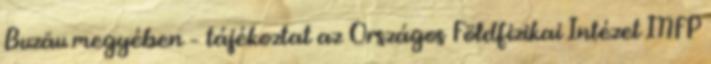
Buzău megyében – tájékoztat az Országos Földfizikai Intézet INFP